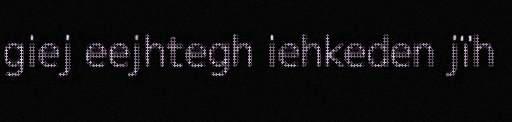
giej eejhtegh iehkeden jïh